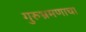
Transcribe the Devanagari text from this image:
गुरुभ्रमणाचा